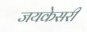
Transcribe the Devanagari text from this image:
जयकेसरी